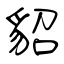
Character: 貂